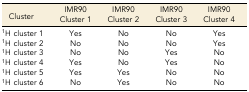
<table><thead><tr><td><b>Cluster</b></td><td><b>IMR90 Cluster 1</b></td><td><b>IMR90 Cluster 2</b></td><td><b>IMR90 Cluster 3</b></td><td><b>IMR90 Cluster 4</b></td></tr></thead><tbody><tr><td><sup>1</sup>H cluster 1</td><td>Yes</td><td>No</td><td>No</td><td>Yes</td></tr><tr><td><sup>1</sup>H cluster 2</td><td>No</td><td>No</td><td>No</td><td>Yes</td></tr><tr><td><sup>1</sup>H cluster 3</td><td>No</td><td>No</td><td>Yes</td><td>No</td></tr><tr><td><sup>1</sup>H cluster 4</td><td>Yes</td><td>No</td><td>Yes</td><td>No</td></tr><tr><td><sup>1</sup>H cluster 5</td><td>Yes</td><td>Yes</td><td>No</td><td>No</td></tr><tr><td><sup>1</sup>H cluster 6</td><td>No</td><td>Yes</td><td>No</td><td>No</td></tr></tbody></table>